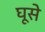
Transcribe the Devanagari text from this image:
घूसे